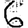
Digit: 6